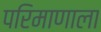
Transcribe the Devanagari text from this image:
परिमाणाला